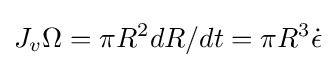
J_{v}\Omega =\pi R^{2}dR/dt=\pi R^{3}{\dot {\epsilon }}